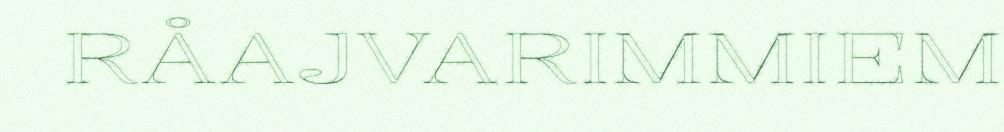
RÅAJVARIMMIEM